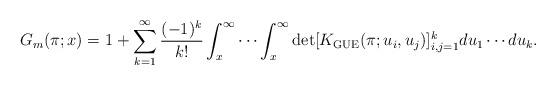
LaTeX: \begin{align*} G_m&(\pi;x)=1+ \sum_{k=1} ^{\infty} \frac{(-1)^k}{k!}\int_{x}^{\infty} \cdots \int_{x}^{\infty} \det[ { K_{\mathrm{GUE}}(\pi; u_i, u_j)}]_{i,j = 1}^{k} du_1 \cdots du_k. \end{align*}